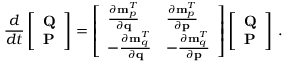
\frac { d } { d t } \left[ \begin{array} { l } { \mathbf { Q } } \\ { \mathbf { P } } \end{array} \right] = \left[ \begin{array} { l l } { \frac { \partial { \bf m } _ { p } ^ { T } } { \partial { \bf q } } } & { \frac { \partial { \bf m } _ { p } ^ { T } } { \partial { \bf p } } } \\ { - \frac { \partial { \bf m } _ { q } ^ { T } } { \partial { \bf q } } } & { - \frac { \partial { \bf m } _ { q } ^ { T } } { \partial { \bf p } } } \end{array} \right] \left[ \begin{array} { l } { \mathbf { Q } } \\ { \mathbf { P } } \end{array} \right] \, .